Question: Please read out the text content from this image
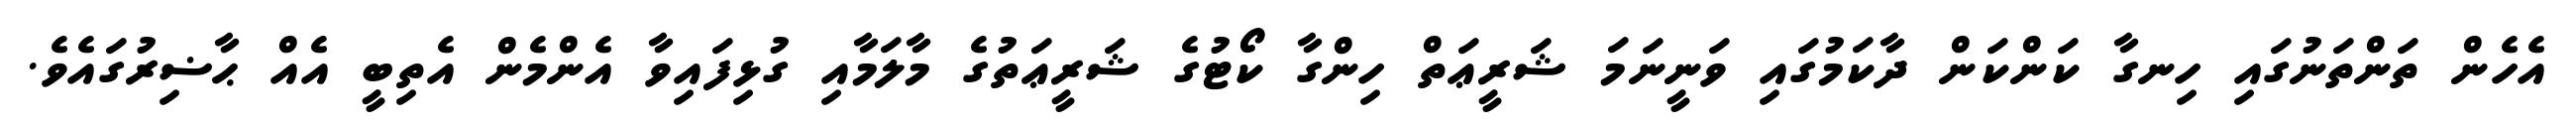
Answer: އެހެން ތަންތަނުގައި ހިނގާ ކަންކަން ދާކަމުގައި ވަނީނަމަ ޝަރީޢަތް ހިންގާ ކޯޓުގެ ޝަރީޢަތުގެ މާލަމާއި ގުޅިފައިވާ އެންމެން އެތިބީ އެއް ޙާޟިރުގައެވެ.